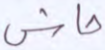
حاش